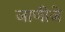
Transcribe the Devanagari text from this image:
जाणीजे